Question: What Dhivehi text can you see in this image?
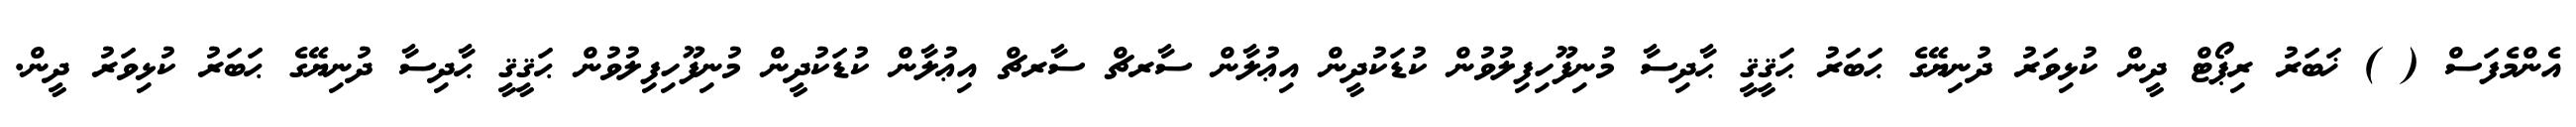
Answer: އެންމެފަސް ( ) ޚަބަރު ރިޕޯޓް ދީން ކުޅިވަރު ދުނިޔޭގެ ޙަބަރު ޙަޤީޤީ ޙާދިސާ މުނިފޫހިފިލުވުން ކުޑަކުދީން އިޢުލާން ސާރޗް ސާރޗް އިޢުލާން ކުޑަކުދީން މުނިފޫހިފިލުވުން ޙަޤީޤީ ޙާދިސާ ދުނިޔޭގެ ޙަބަރު ކުޅިވަރު ދީން.